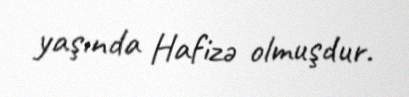
yaşında Hafizə olmuşdur.